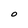
Character: O